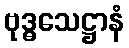
ဗုဒ္ဓသေဋ္ဌာနံ